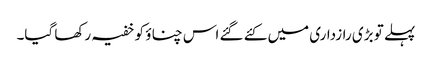
پہلے تو بڑی رازداری میں کئے گئے اس چناؤ کو خفیہ رکھا گیا۔